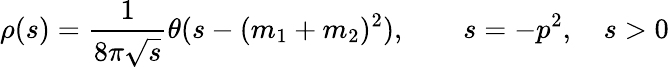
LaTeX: \rho(s)={\frac{1}{8\pi\sqrt{s}}}\theta(s-(m_{1}+m_{2})^{2}),\qquad s=-p^{2},\quad s>0